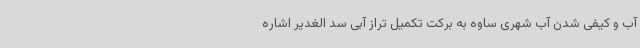
آب و کیفی شدن آب شهری ساوه به برکت تکمیل تراز آبی سد الغدیر اشاره